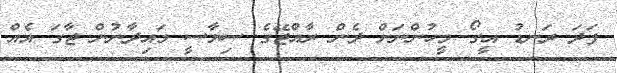
ފަދަ ރަނޑު އީގޯ މީހުންނަށް ދެން ރާއްޖޭގެ ސިޔާސީ މައިދާނުން ޖާގަ އެއް